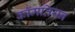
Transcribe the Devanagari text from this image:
कॉमतियन